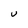
Character: U